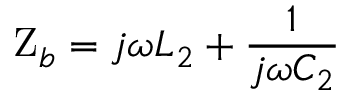
\mathrm { Z } _ { b } = j \omega L _ { 2 } + \frac { 1 } { j \omega C _ { 2 } }